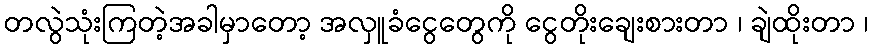
တလွဲသုံးကြတဲ့အခါမှာတော့ အလှူခံငွေတွေကို ငွေတိုးချေးစားတာ ၊ ချဲထိုးတာ ၊